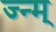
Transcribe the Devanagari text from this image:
ज्न्म्